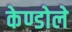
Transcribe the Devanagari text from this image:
केण्डोले